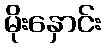
မိုးနှောင်း